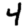
Digit: 4